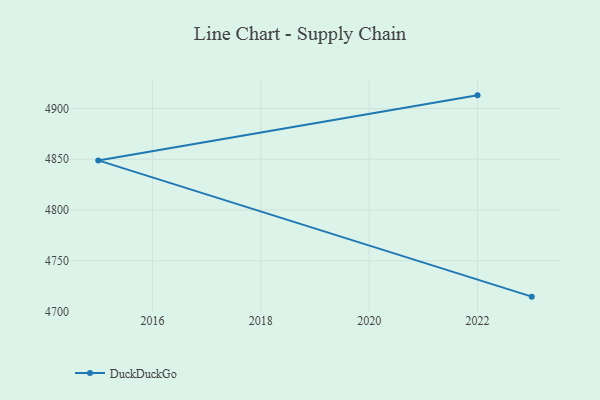
{"axis": {"x": "Year", "y": "Shipments"}, "legend": ["DuckDuckGo"], "data": [{"x": "2023", "y": 4714.6, "type": "DuckDuckGo"}, {"x": "2015", "y": 4848.9, "type": "DuckDuckGo"}, {"x": "2022", "y": 4913.0, "type": "DuckDuckGo"}]}